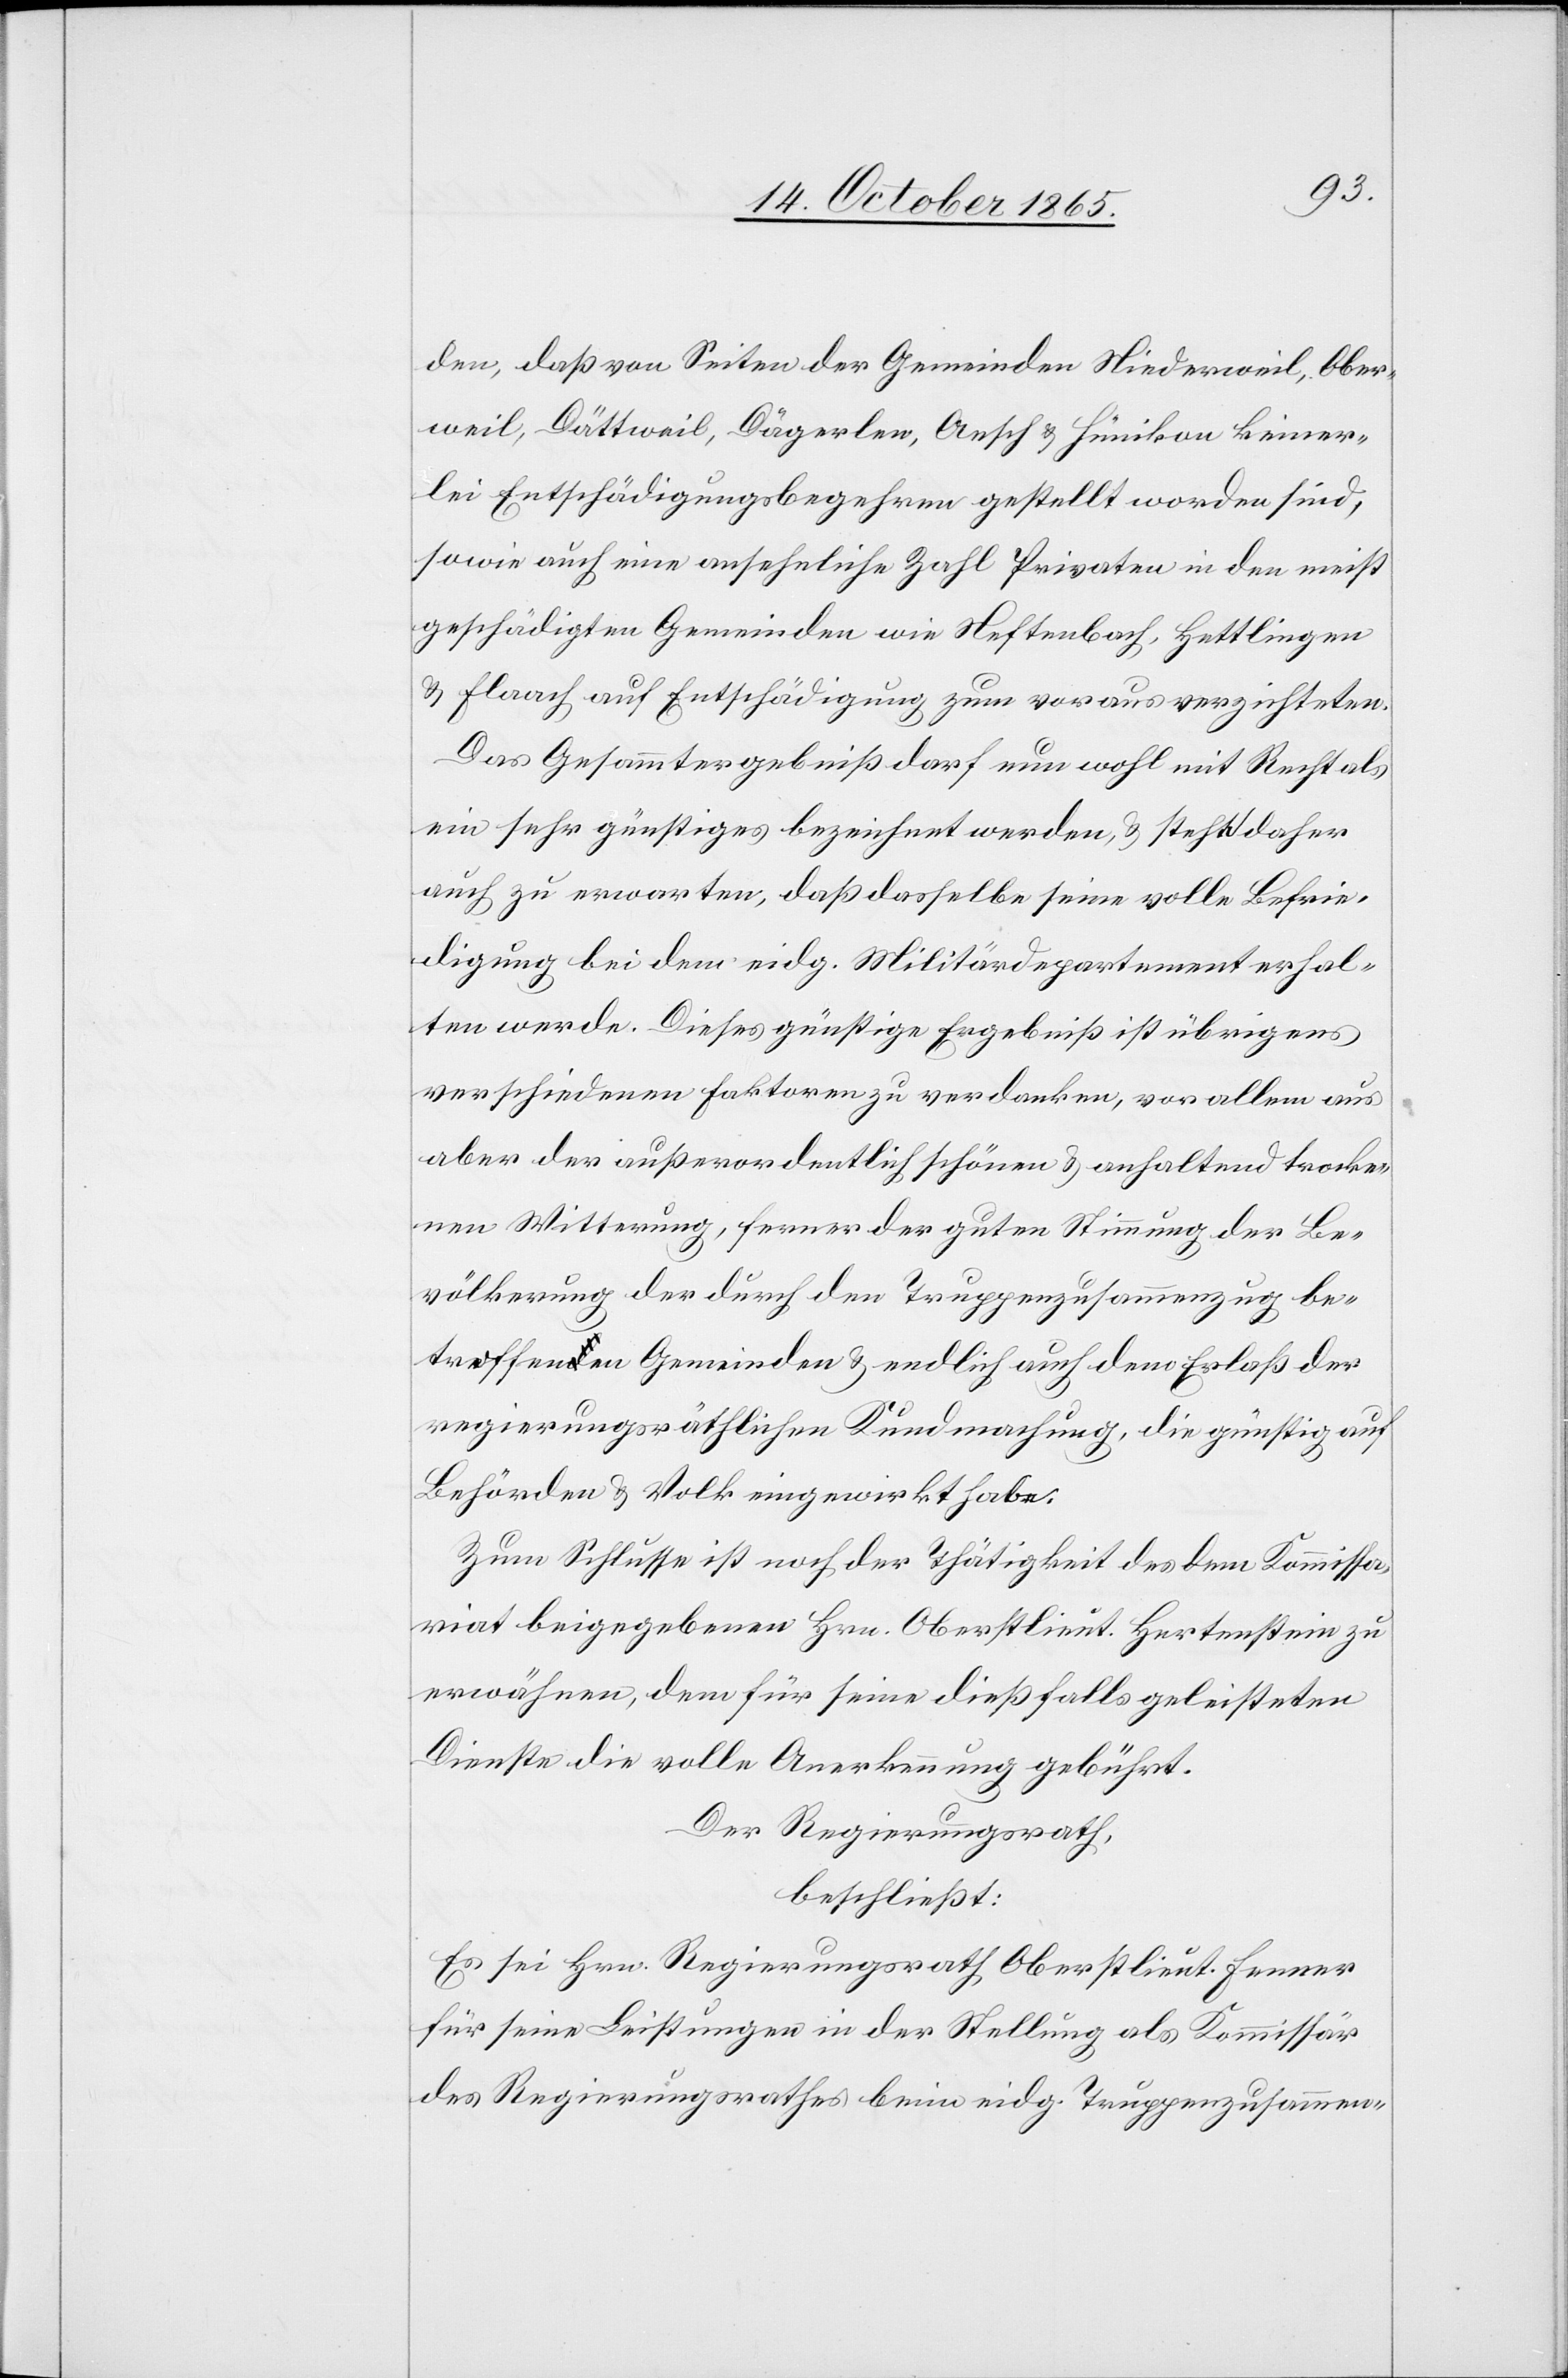
den, daß von Seiten der Gemeinden Niederweil, Ober¬
weil, Dättweil, Dägerlen, Aesch & Hünikon keiner¬
lei Entschädigungsbegehren gestellt worden sind,
sowie auch eine ansehnliche Zahl Privaten in den meist
geschädigten Gemeinden wie Neftenbach, Hettlingen
& Flaach auf Entschädigung zum voraus verzichteten.
Das Gesammtergebniß darf nun wohl mit Recht als
ein sehr günstiges bezeichnet werden, & steht daher
auch zu erwarten, daß dasselbe seine volle Befrie¬
digung bei dem eidg. Militärdepartement erhal¬
ten werde. Dieses günstige Ergebniß ist übrigens
verschiedenen Faktoren zu verdanken, vor allem aus
aber der außerordentlich schönen & anhaltend trocke¬
nen Witterung, ferner der guten Stimmung der Be¬
völkerung der durch den Truppenzusammenzug be¬
troffenen Gemeinden & endlich auch dem Erlaß der
regierungsräthlichen Kundmachung, die günstig auf
Behörden & Volk eingewirkt habe.
Zum Schlusse ist noch der Thätigkeit des dem Kommissa¬
riat beigegebenen Hrn. Oberstlieut. Hertenstein zu
erwähnen, dem für seine dießfalls geleisteten
Dienste die volle Anerkennung gebührt.
Der Regierungsrath,
beschließt:
Es sei Hrn. Regierungsrath Oberstlieut. Fenner
für seine Leistungen in der Stellung als Kommissär
des Regierungsrathes beim eidg. Truppenzusammen-